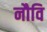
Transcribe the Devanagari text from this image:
नौवि